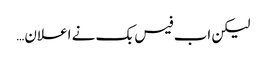
لیکن اب فیس بک نے اعلان…